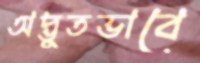
অদ্ভুতভাবে